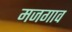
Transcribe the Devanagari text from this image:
मजगाव